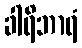
ခါရိဘာရံ